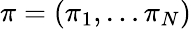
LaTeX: \pi=(\pi_{1},\ldots\pi_{N})